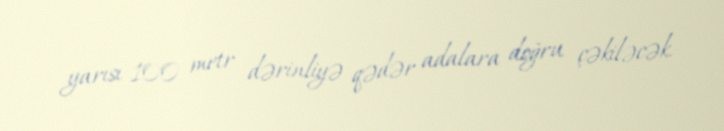
yarısı 100 metr dərinliyə qədər adalara doğru çəkiləcək.